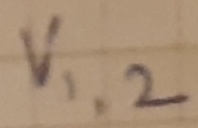
Text: V1,2